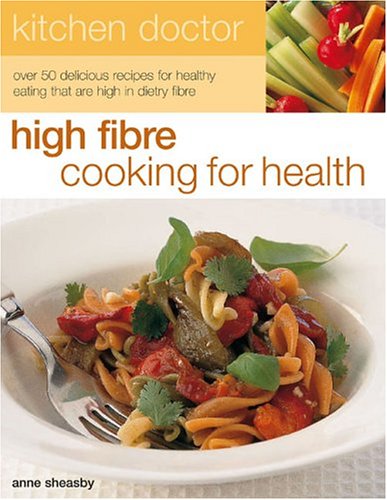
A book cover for Kitchen Doctor: High Fiber Cooking for Health; Anne Sheasby; Health, Fitness & Dieting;